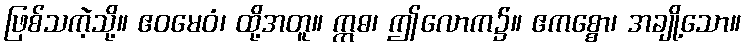
ဖြစ်သကဲ့သို့။ ဧဝမေဝံ၊ ထို့အတူ။ ဣဓ၊ ဤလောက၌။ ဧကစ္စော၊ အချို့သော။